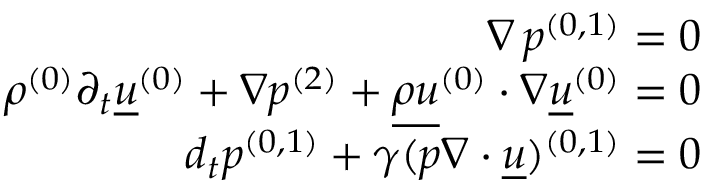
\begin{array} { r } { \nabla \, \ensuremath { p ^ { ( 0 , 1 ) } } = 0 } \\ { \ensuremath { \rho ^ { ( 0 ) } } \partial _ { t } \ensuremath { \underline { { u } } ^ { ( 0 ) } } + \nabla \ensuremath { p ^ { ( 2 ) } } + \ensuremath { \underline { { \rho u } } ^ { ( 0 ) } } \ensuremath { \boldsymbol { \cdot } } \nabla \ensuremath { \underline { { u } } ^ { ( 0 ) } } = 0 } \\ { d _ { t } \ensuremath { p ^ { ( 0 , 1 ) } } + \gamma \ensuremath { ( p \nabla \ensuremath { \boldsymbol { \cdot } } \underline { { u } } ) ^ { ( 0 , 1 ) } } = 0 } \end{array}